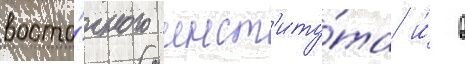
восто́чного инст'иту́та и́ в